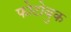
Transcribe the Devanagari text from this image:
फोटोबुक